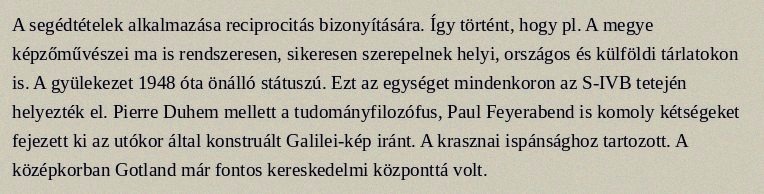
A segédtételek alkalmazása reciprocitás bizonyítására. Így történt, hogy pl. A megye képzőművészei ma is rendszeresen, sikeresen szerepelnek helyi, országos és külföldi tárlatokon is. A gyülekezet 1948 óta önálló státuszú. Ezt az egységet mindenkoron az S-IVB tetején helyezték el. Pierre Duhem mellett a tudományfilozófus, Paul Feyerabend is komoly kétségeket fejezett ki az utókor által konstruált Galilei-kép iránt. A krasznai ispánsághoz tartozott. A középkorban Gotland már fontos kereskedelmi központtá volt.